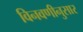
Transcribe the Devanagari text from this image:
विनवणीनुसार